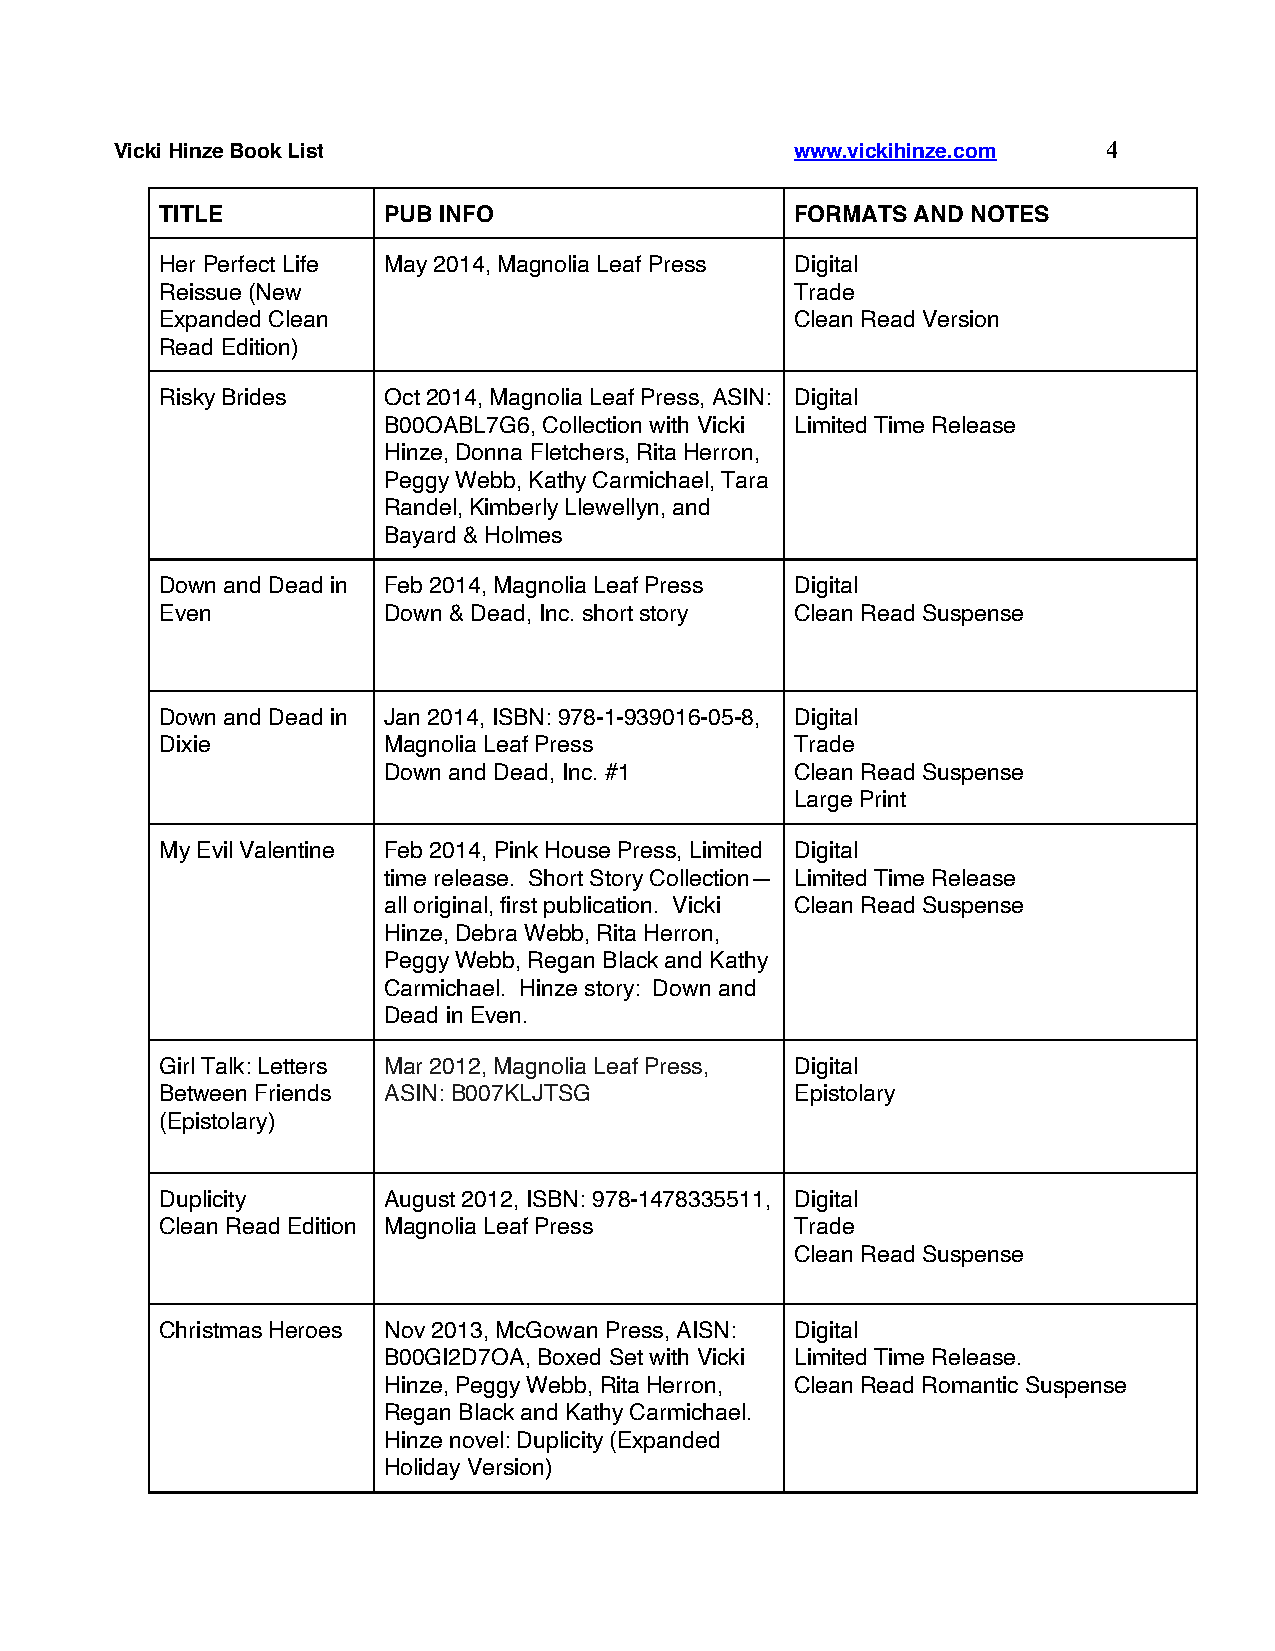
Vicki Hinze Book List                        www.vickihinze.com  4
 TITLE         PUB INFO                    FORMATS AND NOTES
 Her Perfect Life May 2014, Magnolia Leaf Press Digital
 Reissue (New                              Trade
 Expanded Clean                            Clean Read Version
 Read Edition)
 Risky Brides  Oct 2014, Magnolia Leaf Press, ASIN: Digital
 B00OABL7G6, Collection with Vicki Limited Time Release
 Hinze, Donna Fletchers, Rita Herron,
 Peggy Webb, Kathy Carmichael, Tara
 Randel, Kimberly Llewellyn, and
 Bayard & Holmes
 Down and Dead in Feb 2014, Magnolia Leaf Press Digital
 Even          Down & Dead, Inc. short story Clean Read Suspense
 Down and Dead in Jan 2014, ISBN: 978-1-939016-05-8, Digital
 Dixie         Magnolia Leaf Press         Trade
 Down and Dead, Inc. #1      Clean Read Suspense
 Large Print
 My Evil Valentine Feb 2014, Pink House Press, Limited Digital
 time release. Short Story Collection— Limited Time Release
 all original, first publication. Vicki Clean Read Suspense
 Hinze, Debra Webb, Rita Herron,
 Peggy Webb, Regan Black and Kathy
 Carmichael. Hinze story: Down and
 Dead in Even.
 Girl Talk: Letters Mar 2012, Magnolia Leaf Press, Digital
 Between Friends ASIN: B007KLJTSG          Epistolary
 (Epistolary)
 Duplicity     August 2012, ISBN: 978-1478335511, Digital
 Clean Read Edition Magnolia Leaf Press    Trade
 Clean Read Suspense
 Christmas Heroes Nov 2013, McGowan Press, AISN: Digital
 B00GI2D7OA, Boxed Set with Vicki Limited Time Release.
 Hinze, Peggy Webb, Rita Herron, Clean Read Romantic Suspense
 Regan Black and Kathy Carmichael.
 Hinze novel: Duplicity (Expanded
 Holiday Version)